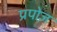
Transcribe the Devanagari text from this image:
प्रपोज़